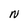
Character: N